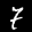
Label: 7